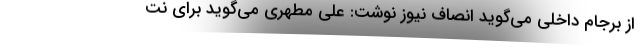
از برجام داخلی می‌گوید انصاف نیوز نوشت: علی مطهری می‌گوید برای نت